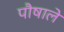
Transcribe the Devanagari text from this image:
पौषाले